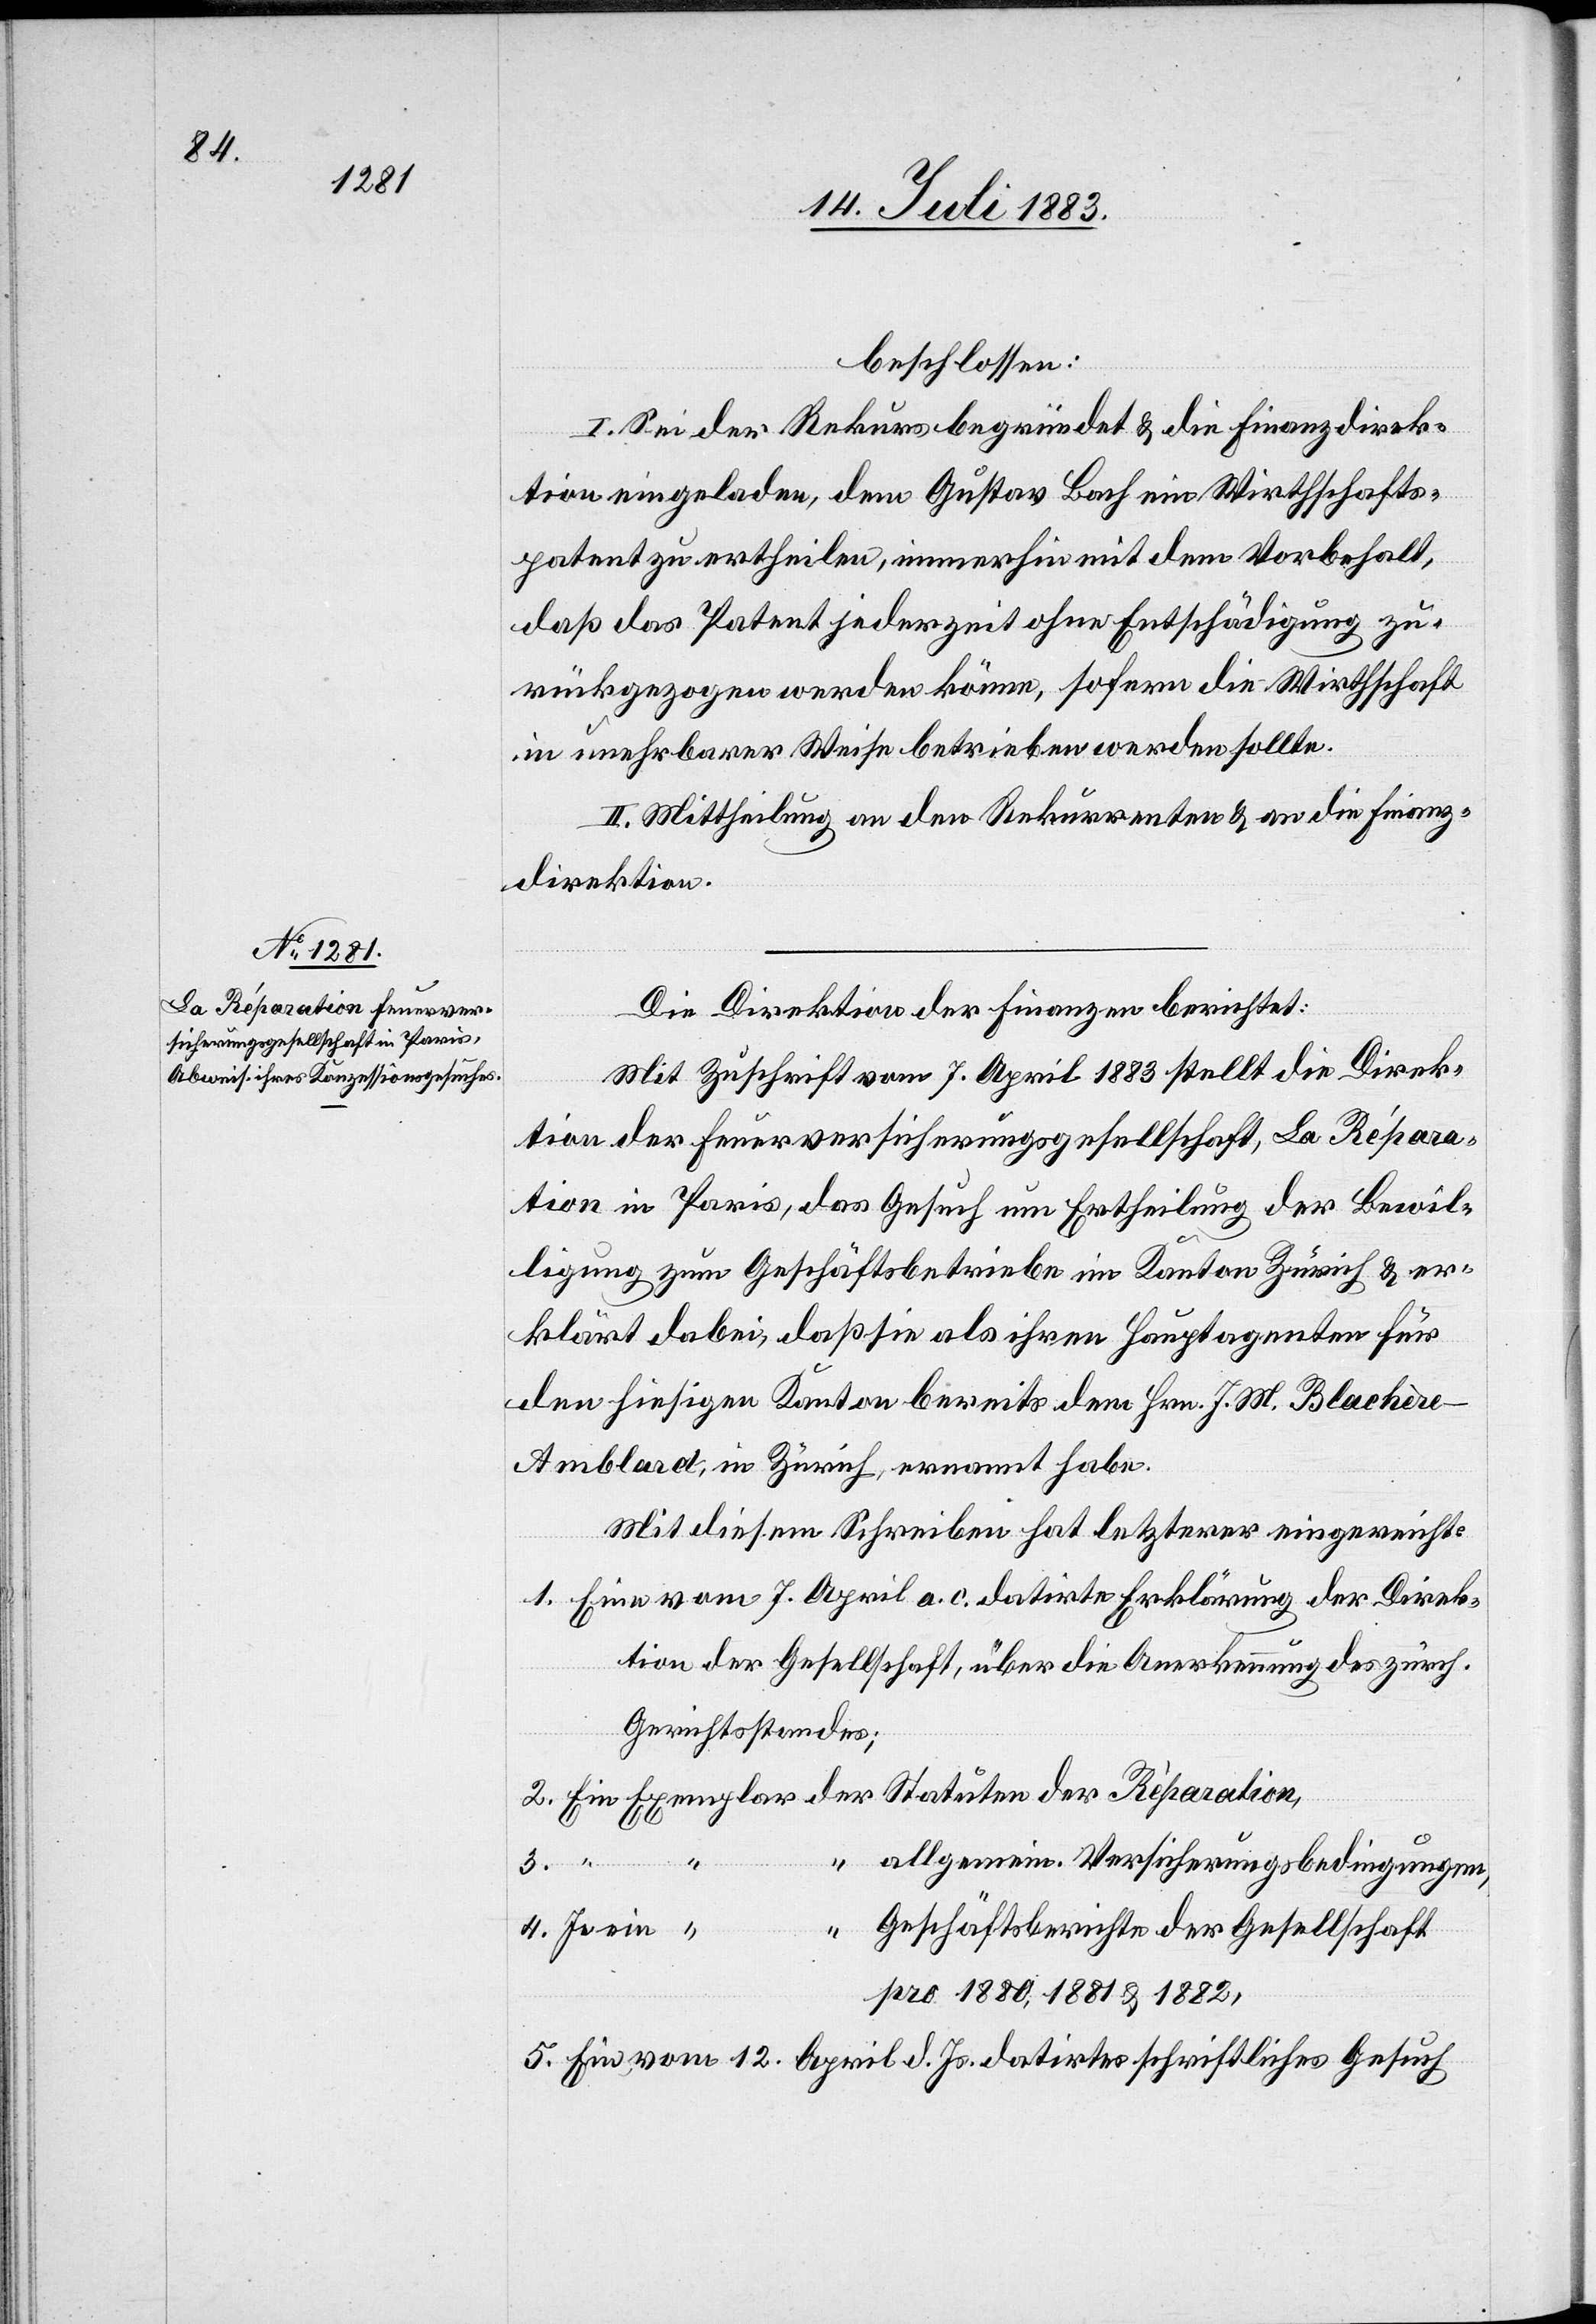
Blachèr¬

beschlossen:
I. Sei der Rekurs begründet & die Finanzdirek¬
tion eingeladen, dem Gustav Bach ein Wirthschafts¬
patent zu ertheilen, immerhin mit dem Vorbehalt,
daß das Patent jederzeit ohne Entschädigung zu¬
rückgezogen werden könne, sofern die Wirthschaft
in unehrbarer Weise betrieben werden sollte.
II. Mittheilung an den Rekurrenten & an die Finanz¬
direktion.
Die Direktion der Finanzen berichtet:
Mit Zuschrift vom 7. April 1883 stellt die Direk¬
tion der Feuerversicherungsgesellschaft, La Répara¬
tion in Paris, das Gesuch um Ertheilung der Bewil¬
ligung zum Geschäftsbetrieb im Kanton Zürich & er¬
klärt dabei, daß sie als ihren Hauptagenten für
den hiesigen Kanton bereits dem [recte: den] Hrn.
e-Amblard, in Zürich, ernannt habe.
Mit diesem Schreiben hat letzterer eingereicht:
1. Eine vom 7. April a. c. datirte Erklärung der Direk¬
tion der Gesellschaft, über die Anerkennung des zürch.
Gerichtsstandes,
2.
J. M.
Allgemein. Versicherungsbedingungen,
Geschäftsberichte der Gesellschaft
4.
pro 1880, 1881 & 1882.
5. Ein vom 12. April d. Js. datirtes schriftliches Gesuch